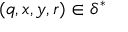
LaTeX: ( q , x , y , r ) \in \delta ^ { * }